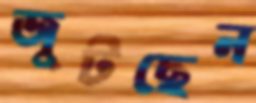
জুটছেন